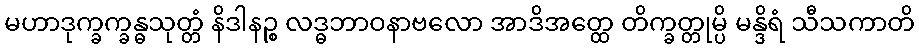
မဟာဒုက္ခက္ခန္ဓသုတ္တံ နိဒါနဉ္စ လဒ္ဓဘာဝနာဗလော အာဒိအတ္ထေ တိက္ခတ္တုမ္ပိ မန္ဒိရံ သီသကာတိ